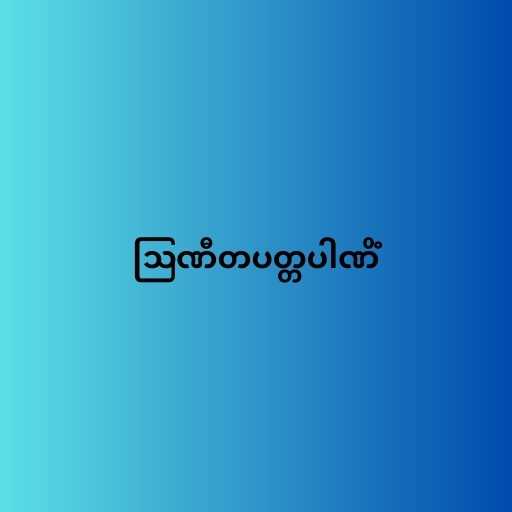
ဩဏီတပတ္တပါဏိံ